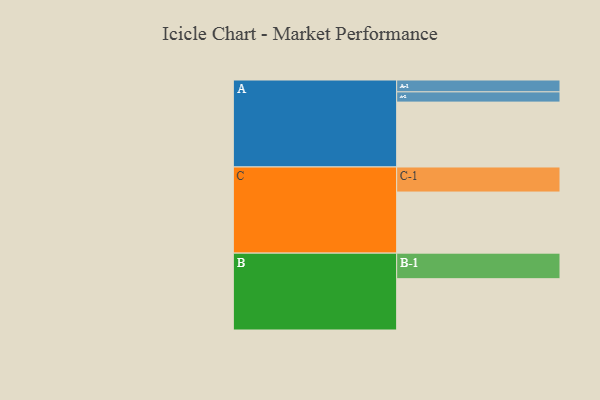
{"axis": {"x": "Segment", "y": "Value"}, "legend": ["", "A", "B", "C"], "data": [{"x": "A", "y": 596, "type": ""}, {"x": "B", "y": 471, "type": ""}, {"x": "C", "y": 561, "type": ""}, {"x": "A-1", "y": 109, "type": "A"}, {"x": "A-2", "y": 94, "type": "A"}, {"x": "B-1", "y": 235, "type": "B"}, {"x": "C-1", "y": 230, "type": "C"}]}